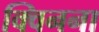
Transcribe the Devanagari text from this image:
क्विनना